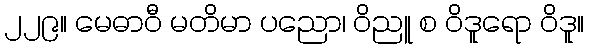
၂၂၉။ မေဓာဝီ မတိမာ ပညော၊ ဝိညူ စ ဝိဒူရော ဝိဒူ။